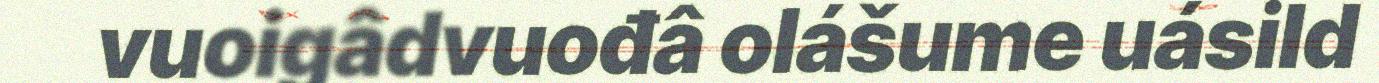
vuoigâdvuođâ olášume uásild